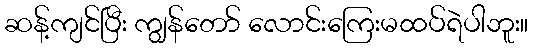
ဆန့်ကျင်ပြီး ကျွန်တော် လောင်းကြေးမထပ်ရဲပါဘူး။